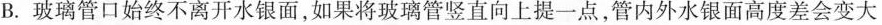
B.玻璃管口始终不离开水银面，如果将玻璃管竖直向上提一点，管内外水银面高度差会变大